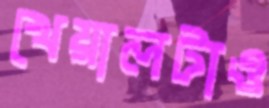
খেয়ালটাও